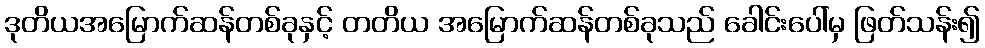
ဒုတိယအမြောက်ဆန်တစ်ခုနှင့် တတိယ အမြောက်ဆန်တစ်ခုသည် ခေါင်းပေါ်မှ ဖြတ်သန်း၍